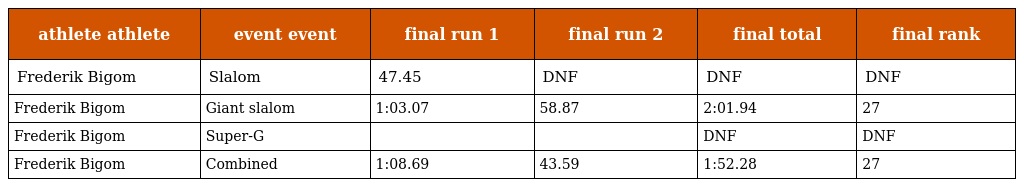
| athlete athlete | event event | final run 1 | final run 2 | final total | final rank |
 | --- | --- | --- | --- | --- | --- |
 | Frederik Bigom | Slalom | 47.45 | DNF | DNF | DNF |
 | Frederik Bigom | Giant slalom | 1:03.07 | 58.87 | 2:01.94 | 27 |
 | Frederik Bigom | Super-G |  |  | DNF | DNF |
 | Frederik Bigom | Combined | 1:08.69 | 43.59 | 1:52.28 | 27 |